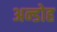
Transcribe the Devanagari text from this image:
अन्डोह